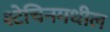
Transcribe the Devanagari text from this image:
श्टेचिनमधील